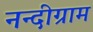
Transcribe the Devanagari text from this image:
नन्दीग्राम